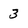
Character: 3